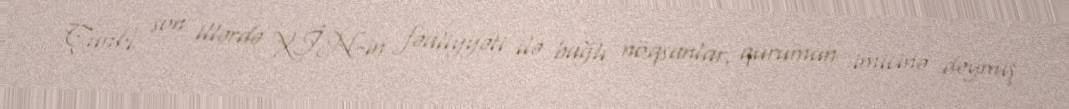
Çünki son illərdə XİN-in fəaliyyəti ilə bağlı nöqsanlar, qurumun imicinə dəymiş